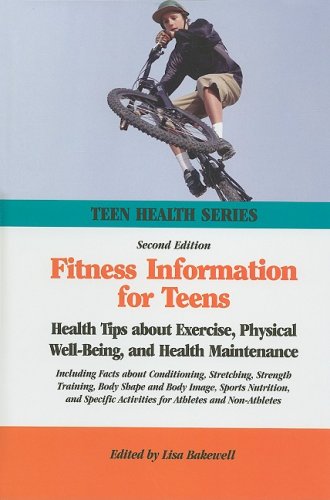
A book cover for Fitness Information for Teens: Health Tips About Exercise, Physical Well-being, and Health Maintenance (Teen Health Series); Health, Fitness & Dieting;